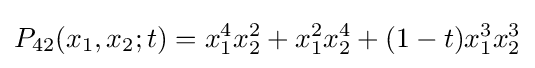
P_{42}(x_{1},x_{2};t)=x_{1}^{4}x_{2}^{2}+x_{1}^{2}x_{2}^{4}+(1-t)x_{1}^{3}x_{2}^{3}